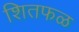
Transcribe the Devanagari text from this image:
शितफळ